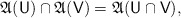
\begin{align*} \mathfrak A(\mathsf U) \cap \mathfrak A(\mathsf V) = \mathfrak A(\mathsf U \cap \mathsf V), \end{align*}